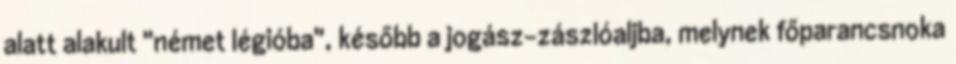
alatt alakult "német légióba", később a jogász-zászlóaljba, melynek főparancsnoka